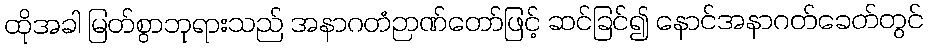
ထိုအခါ မြတ်စွာဘုရားသည် အနာဂတံဉာဏ်တော်ဖြင့် ဆင်ခြင်၍ နောင်အနာဂတ်ခေတ်တွင်